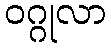
ဝဂ္ဂုလာ